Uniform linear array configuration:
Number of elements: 8
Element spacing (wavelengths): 0.75
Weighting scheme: uniform
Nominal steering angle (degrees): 45
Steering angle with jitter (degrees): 45.813
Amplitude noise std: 0.05
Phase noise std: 0.05

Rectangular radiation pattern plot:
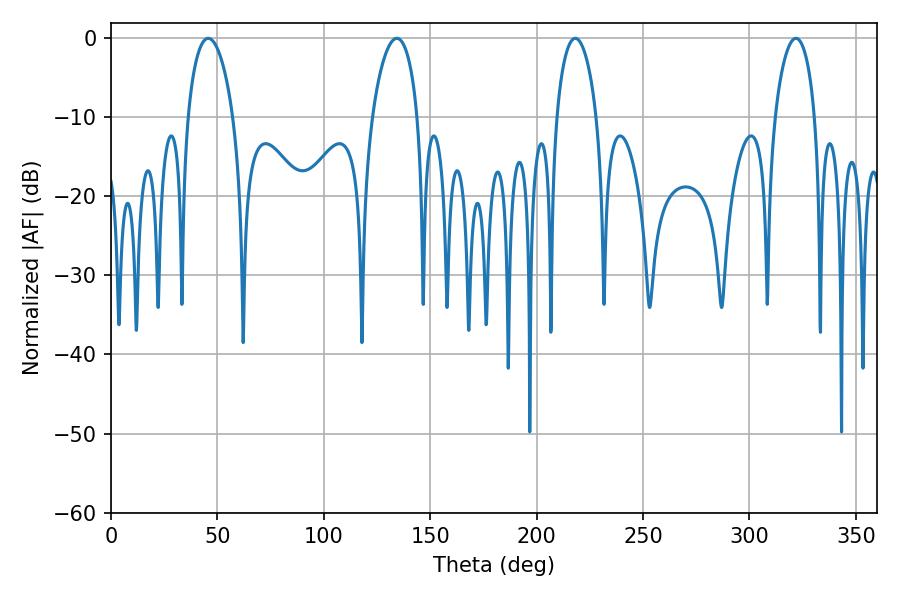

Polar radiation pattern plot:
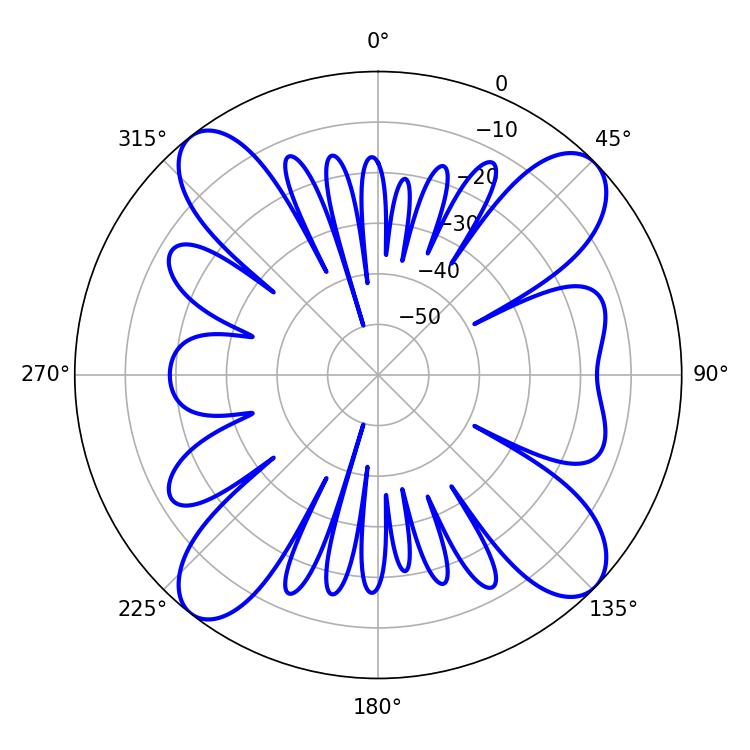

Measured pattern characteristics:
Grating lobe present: TRUE
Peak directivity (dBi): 13.725
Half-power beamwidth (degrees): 10.8
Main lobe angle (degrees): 218.16